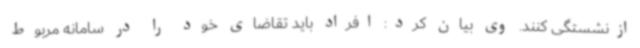
ازنشستگی کنند. وی بیان کرد: افراد باید تقاضای خود را در سامانه مربوط